Report on sanitation, dispensaries, and jails in Rajputana for 1909, and on vaccination for the year 1909-1910 - 1909-1910
Year: 1909
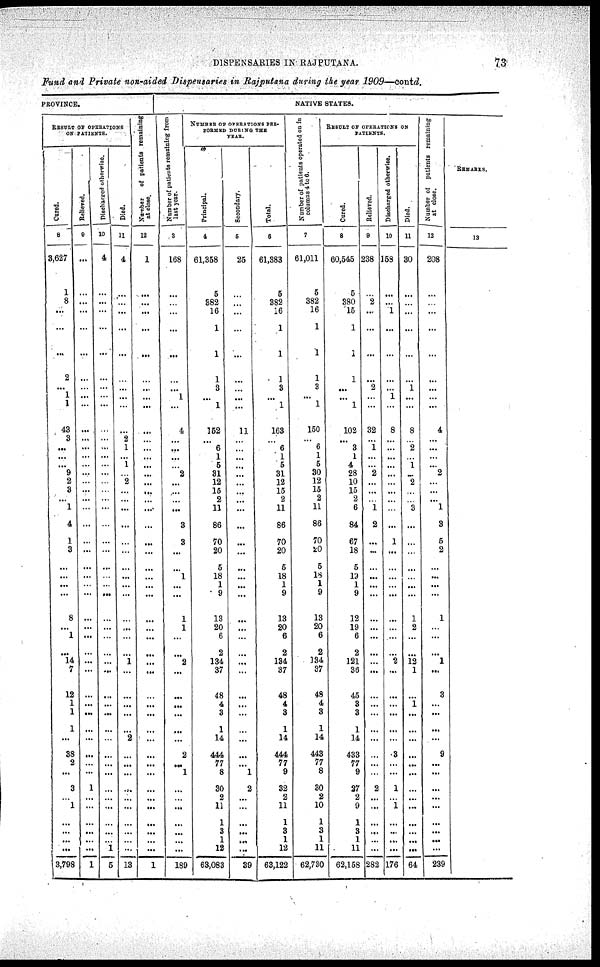
DISPENSARIES IN RAJPUTANA.
73
Fund and Private non-aided Dispensaries in Rajputana during the year 1909—contd.
PROVINCE.
RESULT OF OPERATIONS
ON PATIENTS.
Cured.
8
3,627
1
8
...
...
...
2
...
1
1
43
3
...
...
...
9
2
9
...
1
4
1
3
...
...
...
...
8
...
1
...
14
7
12
1
1
1
...
38
2
...
3
...
1
...
...
...
...
3,798
Relieved.
9
...
...
...
...
...
...
...
...
...
...
...
...
...
...
...
...
...
...
...
...
...
...
...
...
...
...
...
...
...
...
...
...
...
...
...
...
...
...
...
...
...
1
...
...
...
...
...
...
1
Discharged otherwise.
10
4
...
...
...
...
...
...
...
...
...
...
...
...
...
...
...
...
...
...
...
...
...
...
...
...
...
...
...
...
...
...
...
...
...
...
...
...
...
...
...
...
...
...
...
...
...
...
1
5
Died.
11
4
...
...
...
...
...
...
...
...
...
...
2
1
...
1
...
2
...
...
...
...
...
...
...
...
...
...
...
...
...
...
1
...
...
...
...
...
2
...
...
...
...
...
...
...
...
...
...
13
Number
of patients remaining
at close.
12
1
...
...
...
...
...
...
...
...
...
...
...
...
...
...
...
...
...
...
...
...
...
...
...
...
...
...
...
...
...
...
...
...
...
...
...
...
...
...
...
...
...
...
...
...
...
...
...
1
NATIVE STATES.
Number of patients remaining from
last year.
3
168
...
...
...
...
...
...
...
1
...
4
...
...
...
...
2
...
...
...
...
3
3
...
...
1
...
...
1
1
...
...
2
...
...
...
...
...
...
2
...
1
...
...
...
...
...
...
...
189
NUMBER OF OPERATIONS PER¬
FORMED DURING THE
YEAR.
Principal.
4
61,358
5
382
16
1
1
1
3
...
1
162
...
6
1
5
31
12
16
2
11
86
70
20
5
18
1
9
13
20
6
2
134
37
48
4
3
1
14
444
77
8
30
2
11
1
3
1
12
63,083
Secondary.
5
25
...
...
...
...
...
...
...
...
...
11
...
...
...
...
...
...
...
...
...
...
...
...
...
...
...
...
...
...
...
...
...
...
...
...
...
...
...
...
...
1
2
...
...
...
...
...
...
39
Total.
6
61,383
5
382
16
1
1
1
3
...
1
163
...
6
1
5
31
12
15
2
11
86
70
20
5
18
1
9
13
20
6
2
134
37
48
4
3
1
14
444
77
9
32
2
11
1
3
1
12
63,122
Number of patients operated
on in
columns 4 to 6.
7
61,011
5
382
16
1
1
1
3
...
1
150
...
6
1
5
30
12
15
2
11
86
70
20
5
18
1
9
13
20
6
2
134
37
48
4
3
1
14
443
77
8
30
2
10
1
3
1
11
62,730
RESULT OF OPERATIONS ON
PATIENTS.
Cured.
8
60,545
5
380
15
1
1
1
...
...
1
102
...
3
1
4
28
10
16
2
6
84
67
18
5
19
1
9
12
19
6
2
121
36
45
3
3
1
14
433
77
9
27
2
9
1
3
1
11
62,158
Relieved.
9
238
...
2
...
...
...
...
2
...
...
32
...
1
...
...
2
...
...
...
1
2
...
...
...
...
...
...
...
...
...
...
...
...
...
...
...
...
...
...
...
...
2
...
...
...
...
...
...
282
Discharged otherwise.
10
158
...
...
1
...
...
...
...
1
...
8
...
...
...
...
...
...
...
...
...
...
1
...
...
...
...
...
...
...
...
2
...
...
...
...
...
...
3
...
...
1
...
1
...
...
...
...
176
Died.
11
30
...
...
...
...
...
...
1
...
...
8
...
2
...
1
...
2
...
...
3
...
...
...
...
...
...
...
1
2
...
...
12
1
...
1
...
...
...
...
...
...
...
...
...
...
...
...
...
64
Number of patients remaining
at close.
12
208
...
...
...
...
...
...
...
...
...
4
...
...
...
...
2
...
...
...
1
3
5
2
...
...
...
...
1
...
...
...
1
...
3
...
...
...
...
9
...
...
...
...
...
...
...
...
...
239
REMARKS.
13